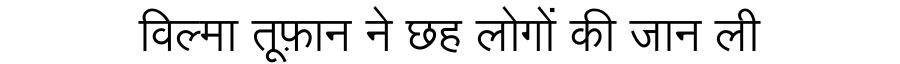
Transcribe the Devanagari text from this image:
विल्मा तूफ़ान ने छह लोगों की जान ली